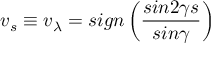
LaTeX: { v } _ { s } \equiv { v } _ { \lambda } = s i g n \left( \frac { s i n 2 \gamma s } { s i n \gamma } \right)